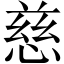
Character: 慈